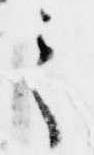
之